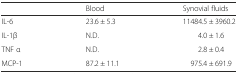
<table><thead><tr><td></td><td><b>Blood</b></td><td><b>Synovial fluids</b></td></tr></thead><tbody><tr><td>IL-6</td><td>23.6 ± 5.3</td><td>11484.5 ± 3960.2</td></tr><tr><td>IL-1β</td><td>N.D.</td><td>4.0 ± 1.6</td></tr><tr><td>TNF α</td><td>N.D.</td><td>2.8 ± 0.4</td></tr><tr><td>MCP-1</td><td>87.2 ± 11.1</td><td>975.4 ± 691.9</td></tr></tbody></table>